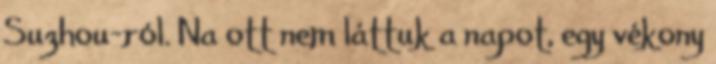
Suzhou-ról. Na ott nem láttuk a napot, egy vékony